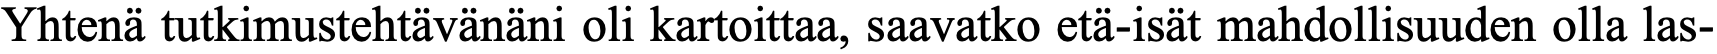
Yhtenä tutkimustehtävänäni oli kartoittaa, saavatko etä-isät mahdollisuuden olla las-